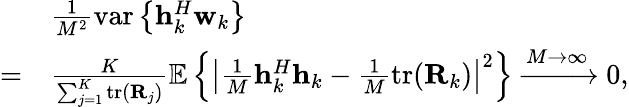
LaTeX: \begin{array}{rl}&{\frac{1}{M^{2}}\mathrm{var}\left\{ {\mathbf h}_{k}^{H}{\mathbf w}_{k}\right\} }\\ {=}&{\frac{K}{{\sum_{j=1}^{K}\mathrm{tr}({\mathbf R}_{j})}}\mathbb E\left\{ \left|\frac{1}{M}{\mathbf h}_{k}^{H}{\mathbf h}_{k}-\frac{1}{M}\mathrm{tr}({\mathbf R}_{k})\right|^{2}\right\} \xrightarrow{M\rightarrow\infty}0,}\end{array}